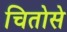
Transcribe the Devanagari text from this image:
चितोसे